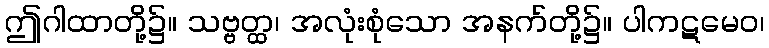
ဤဂါထာတို့၌။ သဗ္ဗတ္ထ၊ အလုံးစုံသော အနက်တို့၌။ ပါကဋမေဝ၊